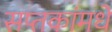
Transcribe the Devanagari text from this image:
सप्तकांमधे